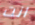
انت